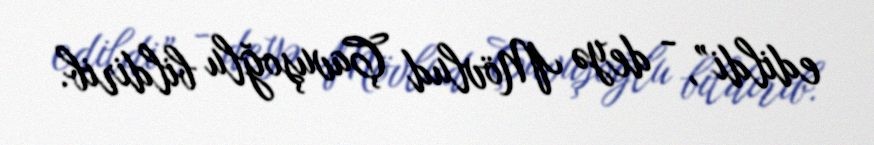
edildi”, - deyə Mövlud Çavuşoğlu bildirib.